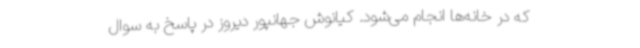
که در خانه‌ها انجام می‌شود. کیانوش جهانپور دیروز در پاسخ به سوال